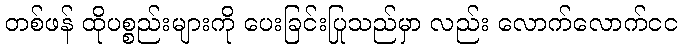
တစ်ဖန် ထိုပစ္စည်းများကို ပေးခြင်းပြုသည်မှာ လည်း လောက်လောက်ငင